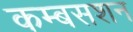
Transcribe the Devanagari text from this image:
कम्बसशन